Leaving Certificate Examination (including Day School Certificate (Higher) General paper), 1937
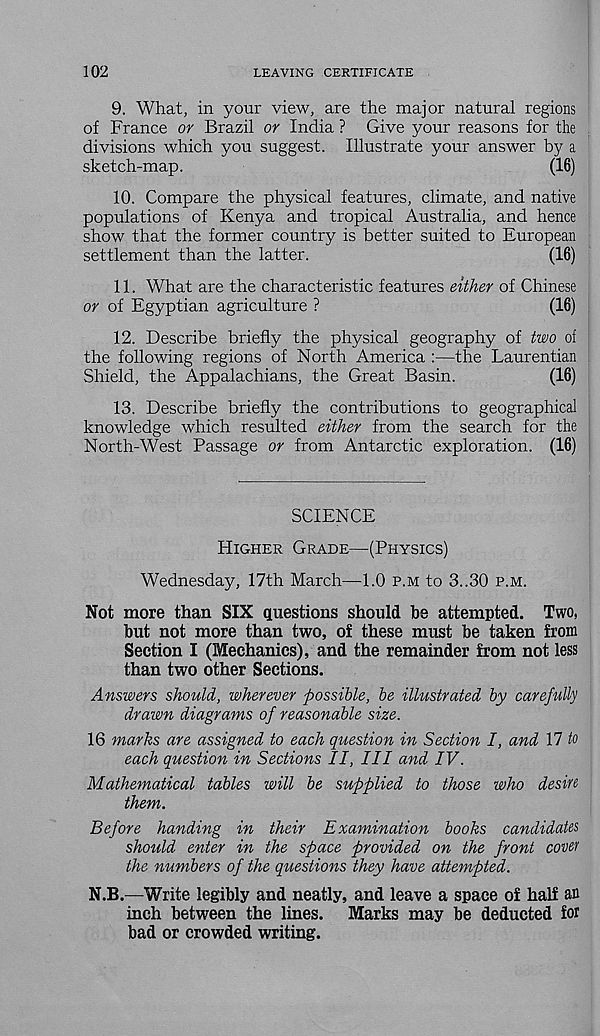
102
LEAVING CERTIFICATE
9. What, in your view, are the major natural regions
of France or Brazil or India ? Give your reasons for the
divisions which you suggest. Illustrate your answer by a
sketch-map.
(16)
10. Compare the physical features, climate, and native
populations of Kenya and tropical Australia, and hence
show that the former country is better suited to European
settlement than the latter.
(16)
11. What are the characteristic features either of Chinese
or of Egyptian agriculture ?
(16)
12. Describe briefly the physical geography of two oi
the following regions of North America :—the Laurentian
Shield, the Appalachians, the Great Basin.
(16)
13. Describe briefly the contributions to geographical
knowledge which resulted either from the search for the
North-West Passage or from Antarctic exploration. (16)
SCIENCE
Higher Grade—(Physics)
Wednesday, 17th March—1.0 p.m to 3..30 p.m.
Not more than SIX questions should be attempted. Two,
but not more than two, of these must be taken from
Section I (Mechanics), and the remainder from not less
than two other Sections.
Answers should, wherever possible, be illustrated by carefully
drawn diagrams of reasonable size.
16 marks are assigned to each question in Section I, and 17 to
each question in Sections II, III and IV.
Mathematical tables will be supplied to those who desire
them.
Before handing in their Examination books candidates
should enter in the space provided on the front cover
the numbers of the questions they have attempted.
N.B.—Write legibly and neatly, and leave a space of half an
inch between the lines.
Marks may be deducted for
bad or crowded writing.